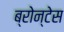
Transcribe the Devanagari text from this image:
ब्रोन्टेस